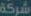
شركة